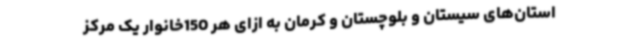
استان‌های سیستان و بلوچستان و کرمان به ازای هر 150خانوار یک مرکز